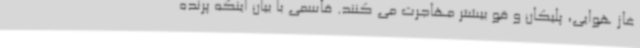
غاز هوایی، پلیکان و قو بیشتر مهاجرت می کنند. قاسمی با بیان اینکه پرنده